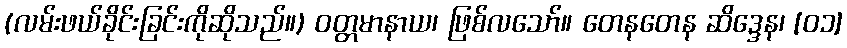
(လမ်းဖယ်ခိုင်းခြင်းကိုဆိုသည်။) ဝတ္တမာနာယ၊ ဖြစ်လသော်။ တေနတေန ဆိဒ္ဒေန၊ [၀၁]